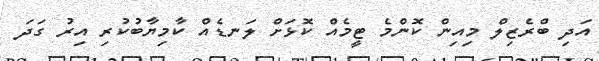
އަދި ބްރެޒިލް މިއިން ކޮންމެ ޓީމެއް ކޮޅަށް ލަނޑެއް ކާމިޔާބުކުރި އިރު ގަދަ